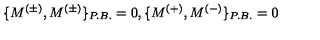
\{ M ^ { ( \pm ) } , M ^ { ( \pm ) } \} _ { P . B . } = 0 , \{ M ^ { ( + ) } , M ^ { ( - ) } \} _ { P . B . } = 0